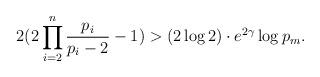
LaTeX: \begin{align*}2(2\prod_{i=2}^{n}\frac{p_i}{p_i-2}-1)> (2\log 2)\cdot e^{2\gamma}\log p_m.\end{align*}